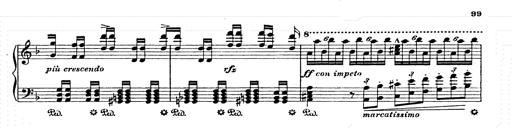
Title: AnnÃ©es de pÃ¨lerinage II
Composer: Franz Liszt